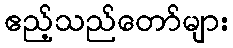
ဧည့်သည်တော်များ